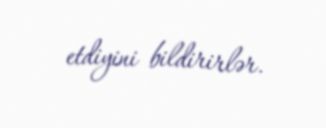
etdiyini bildirirlər.